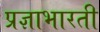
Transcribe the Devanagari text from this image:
प्रज्ञाभारती